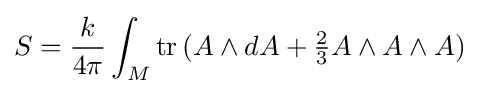
S={\frac {k}{4\pi }}\int _{M}{\text{tr}}\,(A\wedge dA+{\tfrac {2}{3}}A\wedge A\wedge A)